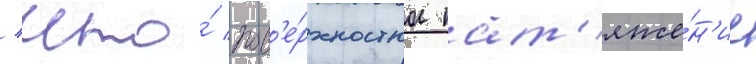
/ что́ пов'е́рхностное нат'яже́н'ие